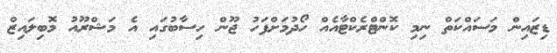
ޑިޒައިން މަސައްކަތް ނިމި ކޮންޓްރެކްޓާއެއް ހޯދުމަށްފަހު ޖޫން ހިސާބުގައި އެ މަޝްރޫއު މޮބިލައިޒް